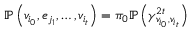
\mathbb { P } \left( v _ { i _ { 0 } } , e _ { j _ { 1 } } , \dots , v _ { i _ { t } } \right) = \pi _ { 0 } \mathbb { P } \left( \gamma _ { v _ { i _ { 0 } } , v _ { i _ { t } } } ^ { 2 t } \right)